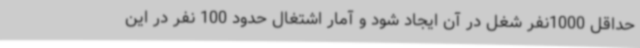
حداقل 1000نفر شغل در آن ایجاد شود و آمار اشتغال حدود 100 نفر در این